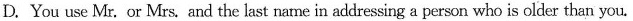
D.You use Mr. Or Mrs. And the last name in addressing a person who is older than you.